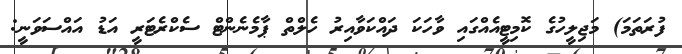
ފުރަތަމަ) މަޖިލީހުގެ ކޮމިޓީއެއްގައި ވާހަކަ ދައްކަވާއިރު ހެލްތް ޕާމެނެންޓް ސެކްރެޓަރީ އަޑު އައްސަވަނީ: